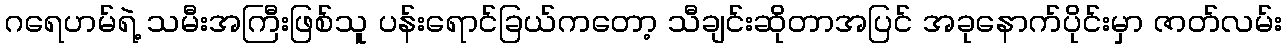
ဂရေဟမ်ရဲ့ သမီးအကြီးဖြစ်သူ ပန်းရောင်ခြယ်ကတော့ သီချင်းဆိုတာအပြင် အခုနောက်ပိုင်းမှာ ဇာတ်လမ်း